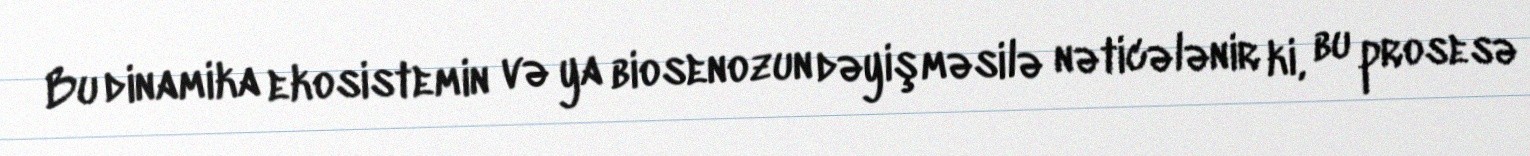
Bu dinamika ekosistemin və ya biosenozun dəyişməsilə nəticələnir ki, bu prosesə